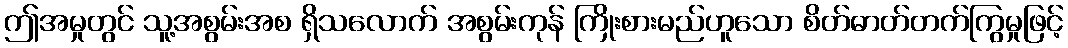
ဤအမှုတွင် သူ့အစွမ်းအစ ရှိသလောက် အစွမ်းကုန် ကြိုးစားမည်ဟူသော စိတ်ဓာတ်တက်ကြွမှုဖြင့်